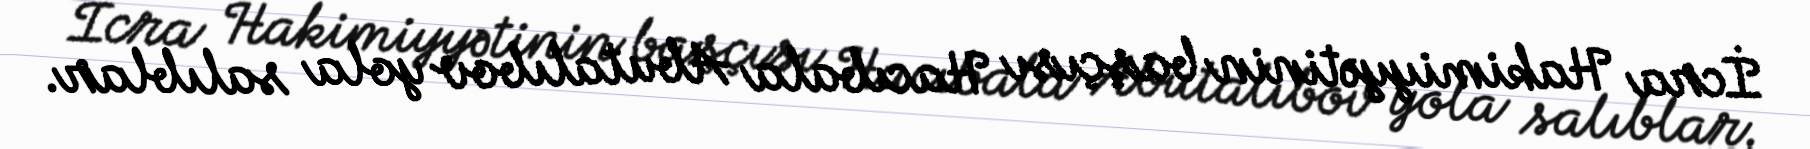
İcra Hakimiyyətinin başçısı Hacıbala Abutalıbov yola salıblar.